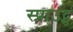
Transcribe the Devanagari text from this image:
स्प्राउट्स